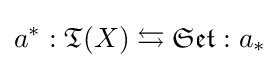
a^{*}:{\mathfrak {T}}(X)\leftrightarrows {\mathfrak {Set}}:a_{*}